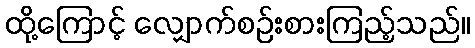
ထို့ကြောင့် လျှောက်စဉ်းစားကြည့်သည်။